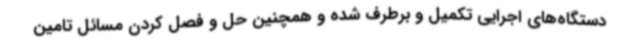
دستگاه‌های اجرایی تکمیل و برطرف شده و همچنین حل و فصل کردن مسائل تامین